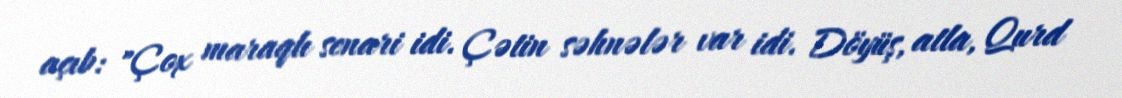
açıb: "Çox maraqlı senari idi. Çətin səhnələr var idi. Döyüş, atla, Qurd